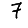
Digit: 7